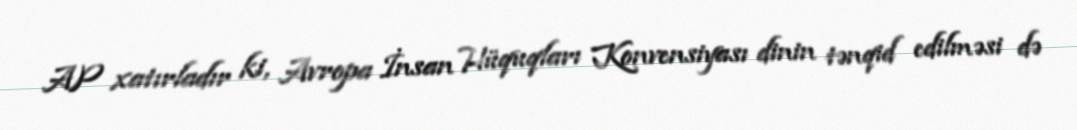
AP xatırladır ki, Avropa İnsan Hüquqları Konvensiyası dinin tənqid edilməsi də